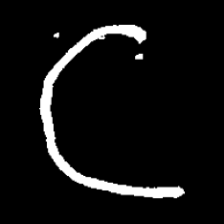
Pyu character \u2014 Myanmar letter: ဋ (romanized: tta)